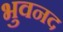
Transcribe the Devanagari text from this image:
भुवनद